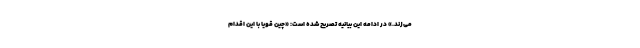
می‌زند.» در ادامه این بیانیه تصریح شده است: «چین قویاً با این اقدام